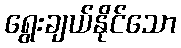
ရွေးချယ်နိုင်သော